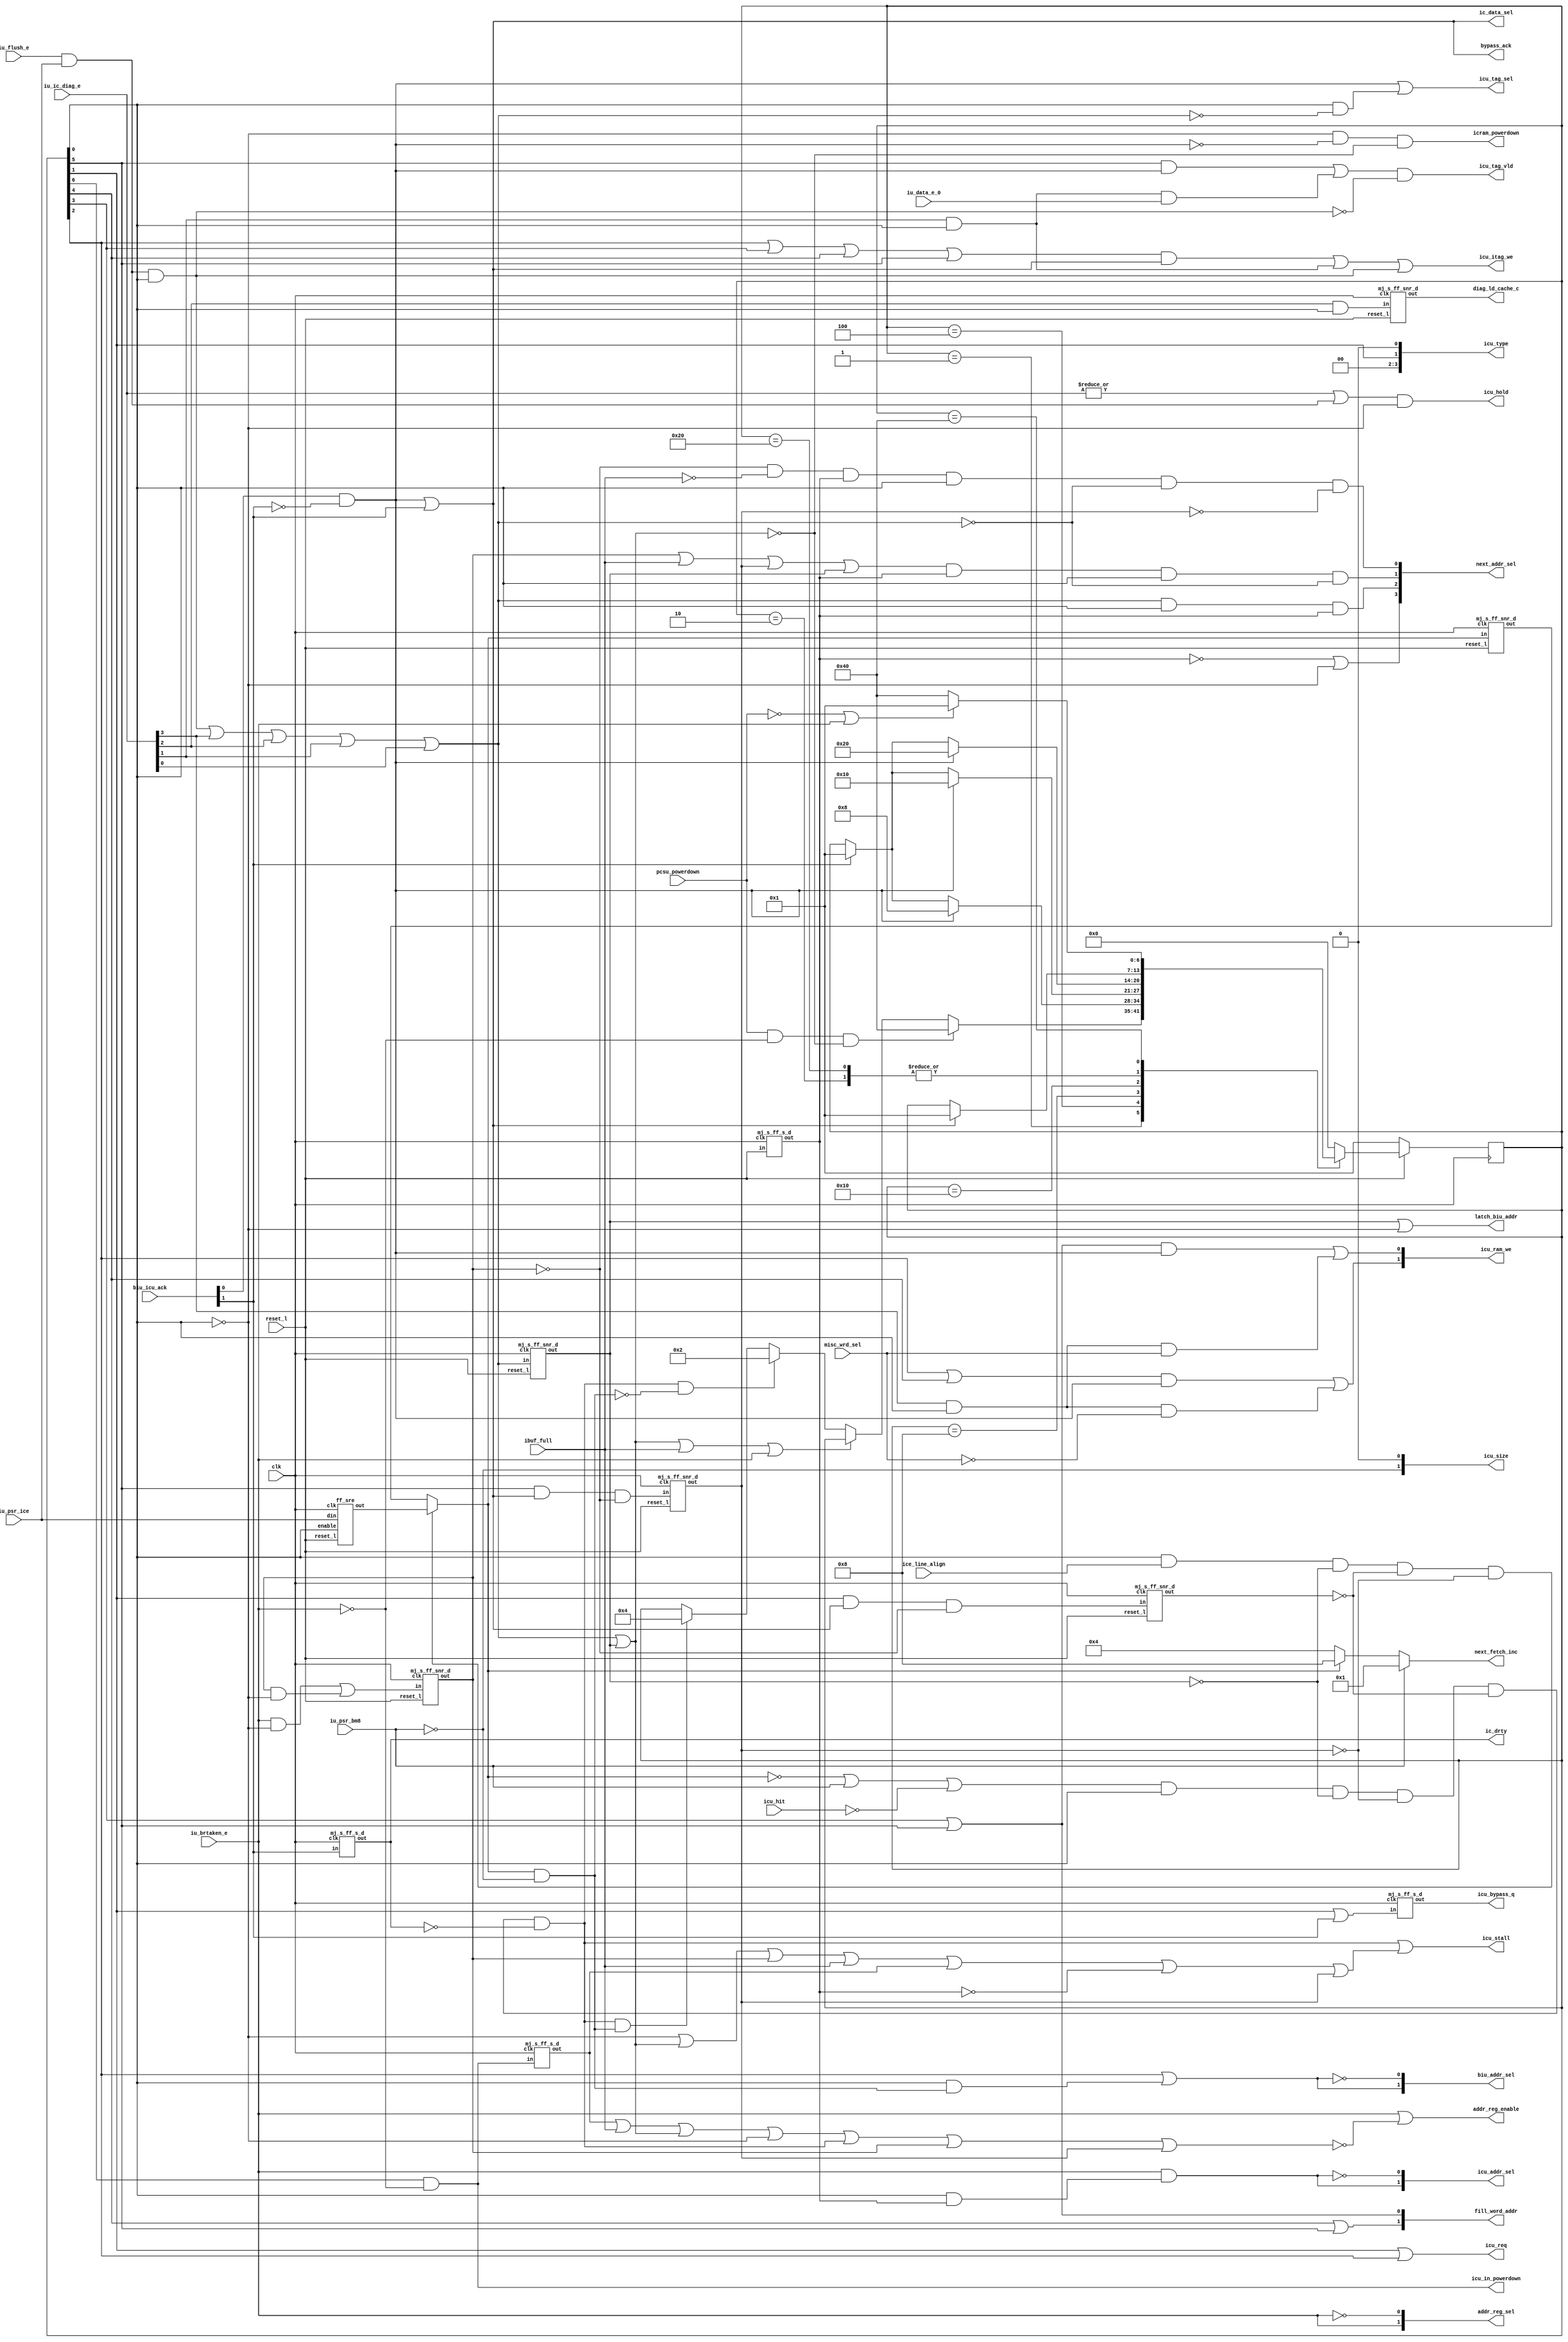
/****************************************************************
 ---------------------------------------------------------------
     Copyright 1999 Sun Microsystems, Inc., 901 San Antonio
     Road, Palo Alto, CA 94303, U.S.A.  All Rights Reserved.
     The contents of this file are subject to the current
     version of the Sun Community Source License, picoJava-II
     Core ("the License").  You may not use this file except
     in compliance with the License.  You may obtain a copy
     of the License by searching for "Sun Community Source
     License" on the World Wide Web at http://www.sun.com.
     See the License for the rights, obligations, and
     limitations governing use of the contents of this file.

     Sun, Sun Microsystems, the Sun logo, and all Sun-based
     trademarks and logos, Java, picoJava, and all Java-based
     trademarks and logos are trademarks or registered trademarks 
     of Sun Microsystems, Inc. in the United States and other
     countries.
 ----------------------------------------------------------------
******************************************************************/




// triquest fsm_begin
module  ic_cntl(
	icu_addr_sel,
	next_addr_sel,
	addr_reg_sel,
	addr_reg_enable,
	biu_addr_sel,
	icu_tag_sel,
	ic_data_sel,
	icu_req,
	icu_type,
	icu_size,
	ic_drty,
	icu_stall,
	icu_tag_vld,
	icu_itag_we,
	icu_ram_we,
	icu_bypass_q,
	latch_biu_addr,
        diag_ld_cache_c,
  	fill_word_addr,
        icu_in_powerdown,
        icram_powerdown,
        next_fetch_inc, 

	// INPUTS
	iu_psr_bm8,
	iu_psr_ice,
	iu_flush_e,
	iu_ic_diag_e,
	iu_brtaken_e,
	ibuf_full,
	iu_data_e_0,
	icu_hit,
	biu_icu_ack,
        pcsu_powerdown,
	icu_hold,
	misc_wrd_sel,
	ice_line_align,
	bypass_ack,
	clk,
	reset_l
	);
	


output			icu_req;	// request memory on a cache miss
output	[3:0]		icu_type;	// type of transaction
output	[1:0]		icu_size;	// size of transaction
output	[1:0]		icu_addr_sel;	// select addr input to the tags/data
output	[3:0]		next_addr_sel;	// select the correct next_addr to access cache
output	[1:0]		addr_reg_sel;	// select the correct next_addr to access cache
output			addr_reg_enable;// enable to icu_addr_d1 latch
output  [1:0]           biu_addr_sel;
output			ic_data_sel;	// select cache fill data or misc data for instruction ram
output			icu_tag_sel;	// To select input to the tag ram. either mar or misc store.
output			ic_drty;	// Error acknowledge returned by memory
output			icu_stall;	// Stall to iu pipe for diagnostic rd/writes
output			icu_tag_vld;	// valid bit of the tag - to be written into tagram
output			icu_itag_we;	// Write enable to the tags
output	[1:0]		icu_ram_we;	// write enable to the inst ram
output			icu_bypass_q;	// bypass data from the cache
output			latch_biu_addr; // latch the memory addr (in case of cache miss)
output                  diag_ld_cache_c;// diagnostic rd to ram
output	[1:0]		fill_word_addr; //  word addr during fill
output                  icu_in_powerdown;// ICU notifies PCSU it is ready for clock shut off.
output                  icram_powerdown;// powerdown signal to RAM and TAG
output  [3:0]           next_fetch_inc; // next_fetch_inc = 1, if iu_psr_bm8 is asserted,
                                        // otherwise next_fetch_inc = 4, if bypass, 8, if hit
output			icu_hold;       // hold iu pipe for diagnostic access when
					// there is outstanding transaction in ICU 
input           	iu_psr_bm8;     // 8 bit boot code enable from IU
input	[3:0]		iu_ic_diag_e;	// diagnostic rd/wr to tags/ram
input	[1:0]		biu_icu_ack;	// Acknowledge from biu that data from memory is available
input			iu_psr_ice;	// Icache Enable in the PSR 
input			iu_brtaken_e;	// branch taken in E stage
input			iu_flush_e;	// flush instruction in E stage
input			ibuf_full;	// Ibuffer is full. (icache should go idle)
input			icu_hit;	// Icache Hit
input			iu_data_e_0;	// bit 0 of iu data bus used for diagnostic writes
input                   pcsu_powerdown; // PCSU request for powerdown
input			misc_wrd_sel;
input			ice_line_align;
output			bypass_ack;
input			clk;
input			reset_l;

wire			normal_ack;
wire			second_fill_cyc;
wire 			third_fill_cyc;
wire			fourth_fill_cyc;
wire			nc_fill_cyc;
wire			error_ack;
reg	[6:0]		ic_miss_state;
wire	[6:0]		next_miss_state;
wire			valid_diag_e;
wire			valid_diag_c;
wire			icu_miss;
wire			ic_idle;
wire			diag_st_cache_e;
wire			diag_ld_cache_e;
wire			diag_st_tag_e;
wire			diag_ld_tag_e;
wire			set_stall ;
wire			cache_fill_cyc;
wire			stall_valid;
wire			reset_d1_l ;
wire			jmp_e;
wire			fourth_fill_cyc_d1;
wire			nc_fill_cyc_d1;
wire			ic_idle_d1;
wire                    icram_powerdown;
wire 	[3:0]		next_fetch_inc;
wire 			qual_iu_flush_e; 
wire			icu_hold;
wire			nc_req;
wire			ic_req;
wire 			cacheable;
wire 			qual_iu_psr_ice;
wire 			qual_iu_psr_ice_q;
wire			icu_bypass_q;
wire			standby_d1;
wire			new_psr_ice;

// *****************************************************************************
// 
// iu_psr_ice does not become effective until the subsequent icu_addr_d1 
// becomes aligned on line boundary( ice_line_align=(icu_addr_d1[3:0] == 4'h0) ).
// This simplifies the ibuffer new_valid equations because with ice_line_align  
// used to qualify iu_psr_ice there should be no need to align the cached data 
// to fill the ibuffer in the middle. This corner case occurs in a scenario:
//
// The cache is on while ibuf's PC is on 2nd or 4th word. After the line has been 
// filled to I$, the 2nd or 4th word needs to be aligned and filled to Ibuffer.    
// This kind of alignment complicates the new_valid equations and verification
// work.  
// 
// With qual_iu_psr_ice, if there is any alignment, it must be caused by branch
// or trap and the data always fill from the first byte of the ibuffer. 
//
// ******************************************************************************


// qual_iu_psr_ice changes only when there is a fetch address in cache access
// stage along a cache line boundary.
wire    qual_iu_psr_ice_sel = ic_idle& ice_line_align & !valid_diag_c&!nc_fill_cyc_d1&!fourth_fill_cyc_d1;
assign  qual_iu_psr_ice = qual_iu_psr_ice_sel ? new_psr_ice : qual_iu_psr_ice_q;
 
// Latch the new PSR bit only when in idle.
ff_sre  iu_psr_ice_reg (    		.out(new_psr_ice),
                                        .din(iu_psr_ice),
                                        .clk(clk),
					.enable(ic_idle),
                                        .reset_l(reset_l)
                                        );

mj_s_ff_snr_d  qual_iu_psr_ice_reg (    .out(qual_iu_psr_ice_q),
                                        .in(qual_iu_psr_ice),
                                        .clk(clk),
                                        .reset_l(reset_l)
                                        );
 

wire    valid_diag_window  = valid_diag_e | valid_diag_c;

// **************************************************************
//
// Icu_hold is generated to hold iu pipe for diagnostic access 
// when there is outstanding transaction in ICU.
// 
// **************************************************************

assign  icu_hold = (|iu_ic_diag_e[3:0] | (iu_flush_e & iu_psr_ice ))
                    & !ic_idle;


// **************************************************************
//
// iu_flush_e needs to be qualified by iu_psr_ice
// iu_flush_e is treated as a nop if iu_psr_ice is set to zero
// iu_flush_e also needs to be qualified by ic_idle since the 
// Icache flush can only be carried out when there is no 
// outstanding ICU transaction.
//
// **************************************************************

assign qual_iu_flush_e= iu_flush_e & iu_psr_ice & ic_idle;

// temp connection
// assign pcsu_powerdown = 1'b0;

// **************************************************************
//
// 8 Bit Boot Code Mode: 
//
// To perform boot mode correctly you need to be 
// aware of the following pitfalls:
// 
// 1. The execution of the priv_write_prs instruction 
//    disables the boot mode. So, do NOT use the priv_write_prs 
//    instruction until after the branch to non-boot memory 
//    location occurs.
//
// 2. To execute the priv_write_prs without modifing the 
//    content, you need issue priv_read_prs before 
//    priv_write_prs. So, use these two instructions as a pair   
//    to perform disabling Boot Mode.
//
// 3. The pair MUST start at word boundary.
//
// 4. Four Nops are required to inserted after the priv_write_prs
//    in order to recover from boot mode to word acccess.   
//
// 5. The pj_boot8 pin needs to tied to HIGH.
//    
// To summarize the usage, the boot code should be written in the 
// style shown as below:
//
// (8 bit PROM)
// Boot_Start:  Instruction_1
//              Instruction_2
//              ...
//              goto Application  // Application program must
//                                // begin at word boundary
//
// (Non-boot Memory)
// Application: priv_read_reg_psr  // To avoid modifing psr,the
//                                 // content of psr is pushed
//		sipush 0xBFFF      // Zero the bit 14 (PSR.BM8)
//    		iand		   //
//              priv_write_reg_psr // Then disable boot mode by
//                                 // poping the content to psr
//
//              nop                // 4 nops are inserted to
//              nop                // recover from boot mode to 
//	        nop		   // word acccess
//              nop
//
// **************************************************************

assign next_fetch_inc =  iu_psr_bm8     ? 4'b0001: 
                         !qual_iu_psr_ice ? 4'b0100 : 4'b1000;  

// Decode of Various signals
assign	valid_diag_e = qual_iu_flush_e | iu_ic_diag_e[3] | iu_ic_diag_e[2] | 
                       iu_ic_diag_e[1] | iu_ic_diag_e[0] ;

// **************************************************************
// diag_xx_xxx_e 
//
// The following diag_xx_xxx_e signals need to be qualified by 
// ic_idle because the diagnostic access can only be carried out 
// when there is no outstanding ICU transaction.
// **************************************************************

wire    diag_ld_c;
assign  diag_st_cache_e = iu_ic_diag_e[3]& ic_idle;
assign  diag_ld_cache_e = iu_ic_diag_e[2]& ic_idle;
assign  diag_st_tag_e   = iu_ic_diag_e[1]& ic_idle;
assign  diag_ld_tag_e   = iu_ic_diag_e[0]& ic_idle;

mj_s_ff_snr_d  diag_ld_c_reg (	.out(diag_ld_c),
				.in(diag_ld_cache_e|diag_ld_tag_e),
		                .clk(clk),
                      		.reset_l(reset_l)
				);

// Generate a miss only if in idle state and no diagnostic rd/wr in C stage.
// diagnostics should not generate any misses. but , at the same time they
// should generate a stall for ibuffer, so that it ignores data on the bus to 
// ibuffer.

// *** NOTE ***
// To suppress cache enable during the boot mode qual_iu_psr_ice needs to be
// negated by iu_psr_bm8.

assign  icu_miss =  (!qual_iu_psr_ice |iu_psr_bm8 | (!icu_hit) )
		    & ic_idle & !valid_diag_c&!fourth_fill_cyc_d1&!nc_fill_cyc_d1&!ic_drty;

// we latch on a miss or if there is a diagnostic rd/wr in c stage. we dont
// want to latch that address, as it is not in the instruction code flow.

// Note: latch_biu_addr means close biu_addr register. We use !latch_biu_addr
//       to latch the new icu_addr. So icu_miss is removed.


assign	fill_word_addr[1] = ic_miss_state[4] | ic_miss_state[5];
assign	fill_word_addr[0] = ic_miss_state[3] | ic_miss_state[5];

assign latch_biu_addr =   valid_diag_c | !ic_idle  ;

assign	normal_ack = biu_icu_ack[0] & !biu_icu_ack[1] ;
assign	error_ack  = biu_icu_ack[1] ;
assign  bypass_ack = normal_ack | error_ack;

// Delay ic_drty by one clock, as data

mj_s_ff_s_d  ic_drty_reg (	.out(ic_drty),
				.in(biu_icu_ack[1]),
                      		.clk(clk)
				);

// Delay ic_miss_state[2] by one clock to qualify icu_req 


mj_s_ff_snr_d  diag_ld_cache_c_reg (	.out(diag_ld_cache_c),
                        		.in(diag_ld_cache_e),
                        		.clk(clk),
                        		.reset_l(reset_l)
					);

mj_s_ff_snr_d  valid_diag_c_reg (	.out(valid_diag_c),
					.in(valid_diag_e),
					.clk(clk),
					.reset_l(reset_l)
					);

mj_s_ff_s_d  reset_reg (	.out(reset_d1_l),
	                        .in(reset_l),
	                        .clk(clk)
				);


// Generation of Mux selects
// Decreasing Priority for address buses
// 1. Reset 
// 2. Cache fill
// 3. Valid Diagnostic in E stage
// 4. Stalled branch/Trap pc
// 5. trap/branch 
// 6. ibuffer full
// 7. next sequential pc

// Select br_pc or next_addr. if I$ miss handling in progress, branch gets
// lower priority.
assign	icu_addr_sel[1]	=  jmp_e&(ic_idle&reset_d1_l);
assign	icu_addr_sel[0]	= ~icu_addr_sel[1];

// Mux used to latch the next sequential addr or branch addr.
assign	addr_reg_sel[1]	=  jmp_e;
assign	addr_reg_sel[0]	=  ~jmp_e;	

// used to latch branch addr or next sequential addr.
// latch contents if standby,ibuffer is full or diagnostic ld/st or I$ miss when I$ is On.
// we reissue the addr after fill is done. For noncacheable, the data is directly given to
// ibuffer.
assign	addr_reg_enable =  jmp_e | !( standby_d1|ibuf_full|valid_diag_window | !ic_idle |icu_miss |
				stall_valid | fourth_fill_cyc_d1);

// select cache fill address for reset or when not in idle mode
// select iu_addr_e for diagnostic rd/wr
// reissue addr for branch pending,ibuffer full, for cycle after cache misses,or valid diagnostic.
// else next addr.
// note: diagnostics in E and C freeze the fetch pipe.once the diagnostic rd/wr is done,we continue
// with the same fetch in C

assign	next_addr_sel[3] = ~reset_d1_l | !ic_idle ;
assign	next_addr_sel[2] = valid_diag_e&ic_idle&reset_d1_l;
assign	next_addr_sel[1] = (stall_valid|ibuf_full| fourth_fill_cyc_d1|valid_diag_c)&reset_d1_l&ic_idle&~valid_diag_e;
assign	next_addr_sel[0] = ~stall_valid&~ibuf_full&reset_d1_l&ic_idle&~valid_diag_e&~fourth_fill_cyc_d1;


assign  biu_addr_sel[1]  = ic_miss_state[2]|(ic_idle&cacheable);
assign  biu_addr_sel[0]  = !biu_addr_sel[1];

// Generation of Stall valid 
// When a branch is taken or trap occurs and icache is busy doing a cache fill,
// we stall the branch till the fill is done and then the branch is taken.
// to keep track of the jump, we use signal stall_valid

// Generation of standby_d1:
// If Powerdown occurs at idle state, after powerdown ends 
// the state machine enters idle state again, The assertion of !icu_stall 
// should be inhibited by asserting set_stall because no valid data is available.   
// 
// However if powerdown occurs on executing goto within a line , then
// after powerdown ends the state machine enters idle state and generates 
// !icu_stall because the pending goto has a hit. 
// The assertion of !icu_stall should NOT be inhibited for this case.   


mj_s_ff_s_d  standby_d1_reg (	.out(standby_d1),
                                .in(icu_in_powerdown),
                                .clk(clk)
				);

assign	set_stall =  (iu_brtaken_e) & !ic_idle | 
                     (stall_valid & !ic_idle);

// Generation of miss due to branch or trap

mj_s_ff_snr_d  set_stall_reg (	.out(stall_valid),
			        .in(set_stall),
			        .clk(clk),
			        .reset_l(reset_l)
				);

assign	jmp_e	= iu_brtaken_e;

// Select input to tag ram
// when there is data coming back from memory, select MAR for tag input
assign	icu_tag_sel = normal_ack | (ic_idle & !valid_diag_e) ;

// select input to inst ram
// when there is data coming back from memory, select biu data from data input
assign	ic_data_sel = normal_ack | error_ack ;


// Generation of Write Enables for RAMs/TAGs
// write to tags during the last cycle of cache fill or during diagnostic writes to tags
// we write to the tags in both the cycles. in the first cycle, we invalidate the
// tag. In the second cycle , we validate the tag. This way  we avoid wierd
// corner cases when part of new data has been written into and the transaction
// is cancelled due to diagnostic wr/rd or error acks.

assign	icu_itag_we	=  cache_fill_cyc |  diag_st_tag_e | qual_iu_flush_e;
assign	icu_ram_we[1]	=  ((ic_miss_state[2]|ic_miss_state[4]) & normal_ack) |
                           (diag_st_cache_e & !misc_wrd_sel);
assign	icu_ram_we[0]	=  ((ic_miss_state[3]|ic_miss_state[5]) & normal_ack) |
			   (diag_st_cache_e & misc_wrd_sel);
wire    icu_bypass      =  ic_miss_state[1] | error_ack;

mj_s_ff_s_d  icu_bypass_reg (	.out(icu_bypass_q),
                                .in(icu_bypass),
                                .clk(clk)
				);


// Generation of Valid bit for Tags
// valid bit set whenever cache fill is done or during a diagnostic write .
assign	icu_tag_vld 	=  ((ic_miss_state[5] & normal_ack) | diag_st_tag_e & iu_data_e_0)& !qual_iu_flush_e ;

// Generation of icu_stall signal
// icu_stall becomes high if
//   . or if there's an i$ miss 
//   . or if i$ is not idle and the first fill data is not back yet
// * or if there is an outstanding branch/trap and
// 	or if there is a valid diagnostic in C stage and 1 clock after reset.(no valid data)


wire           valid_diag_window_d1;

mj_s_ff_s_d  valid_diag_window_flop (	.out(valid_diag_window_d1),
		                        .in(valid_diag_window),
		                        .clk(clk)
					);

// no valid data on cache miss or during cache miss transaction. but,during nc accesses, when data
// is back, we accept it even if cache miss is indicated. Also, for cache misses when the Icache is
// ON, when the data is written into the I$, the last cycle is ignored(fourth_fill_cyc_d1).bcos,
// the addr is issued again and the correct data is available a cycle later.

assign icu_stall = (icu_miss )| (!ic_idle| valid_diag_window | stall_valid | ibuf_full | standby_d1 
			|!reset_d1_l | fourth_fill_cyc_d1);
			


// For generation of icu_stall (signal which informs ibuffer that data on bus to ibuffer is invalid)
// we need to generate a signal fourth_fill_cyc_d1 which indicates that the  fourth word being 
// written into the icache in this cycle. Thus, any hit obtained due to this 
// new write is nullified and thus icu_stall remains valid.

mj_s_ff_snr_d  nc_fill_cyc_flop (	.out(nc_fill_cyc_d1),
					.in(nc_fill_cyc&~stall_valid),
					.clk(clk),
					.reset_l(reset_l)
					);

mj_s_ff_snr_d  fourth_fill_cyc_flop (	.out(fourth_fill_cyc_d1),
					.in(fourth_fill_cyc&~stall_valid),
					.clk(clk),
					.reset_l(reset_l)
					);

/************** ICACHE  MISS STATE MACHINE ******************/

assign          ic_idle         = ic_miss_state[0];
assign          nc_req          = ic_miss_state[1];
assign          icu_req         = ic_miss_state[1] | ic_miss_state[2];
assign          ic_req          = ic_miss_state[2]|ic_miss_state[3]|ic_miss_state[4]|
				  ic_miss_state[5];


assign		second_fill_cyc	= (ic_miss_state[3] & (normal_ack | error_ack));

assign		third_fill_cyc	= (ic_miss_state[4] & (normal_ack | error_ack));

assign		fourth_fill_cyc	= (ic_miss_state[5] & (normal_ack | error_ack));

assign		nc_fill_cyc	= ic_miss_state[1] & (normal_ack | error_ack) ;

assign		cache_fill_cyc  = (ic_miss_state[2]|ic_miss_state[3]|ic_miss_state[4]|
                                   ic_miss_state[5]) & (normal_ack | error_ack);

assign		icu_type[0]	= 1'b0;	// always a load
assign		icu_type[1]	= ic_miss_state[1];// noncacheable if icache turned off
assign		icu_type[2]	= 1'b0;		// for icache req - 0
assign		icu_type[3]     = 1'b0;		// for icache req = 0

assign		icu_size[0]     = 1'b0;
assign		icu_size[1]     = !iu_psr_bm8;

assign 		cacheable       = qual_iu_psr_ice & !iu_psr_bm8;

   
assign  next_miss_state[6:0]    =       miss_state( ic_miss_state[6:0],
					valid_diag_window,
                                        icu_miss,
                                        normal_ack,
                                        cacheable,
                                        error_ack,
					pcsu_powerdown,
					jmp_e,
                                        ibuf_full);

// triquest state_vector {ic_miss_state[6:1] ic_miss_state[0]} ICU_MISS_STATE enum ICU_MISS_STATE_ENUM
always @(posedge clk)
  if (~reset_l)
    ic_miss_state = 7'b0000001;
  else
    ic_miss_state = next_miss_state;

initial ic_miss_state = 7'b0000001;

mj_s_ff_s_d  ic_idle_d1_reg (	.out(ic_idle_d1),
			        .in(ic_idle),
			        .clk(clk)
				);

// **************************************************************
//
// Power Down Feature for ICU: 
//
// Most RAM cells have a pin to disable all functions
// except for the retaining of data in order to reduce
// power consumption.
//
// Normal Power Down Mode:
//
// ICU enters the normal power down state
// when ICU is waiting for NC data or the missed data.
// A signal, icram_powerdown is asserted in this state and
// the state remains unchanged until normal_ack returns or
// valid_diag_e occurs.
//
// As an option, the signal, icram_powerdown can be
// connected to a powerdown pin of the RAM megacell.
//
// Standby Power Down Mode:
//
// State machine enters the standby power down state
// after PCSU asserts pcsu_powerdown signals and ICU
// completes the pending access.
// In this state,  a signal, icu_in_powerdown will be
// asserted to PCSU. Then PCSU shuts off the clock to ICU.
//
// Notes:
//
//   1. The powerdown pin is a registered input to RAM cell.
//
//   2. The powerdown signal should be set up before the 
//      rising edge of the clock.
//          
//   3. All inputs except powerdown signal are ignored during
//      the powerdown mode.
// Diagram:
//                    ______        ______        ______
//   clk       ______/      \______/      \______/      \_
//                                             
//                                        Tsetup | Thold
//                  _________________________    | 
//   powerdown ____/                         \____________
//				                 |
//   inputs    _____________________________  _____  ____
//                     Ignored              \/valid\/
//             _____________________________/\_____/\____
//
// **************************************************************

assign icram_powerdown = !ic_idle & !normal_ack & !valid_diag_window;
assign icu_in_powerdown = ic_miss_state[6] & !jmp_e;


function [6:0] 	miss_state ;
 
input   [6:0]  	cur_state ;
input		valid_diag_window;
input          	icu_miss ;
input          	normal_ack;
input          	cacheable ;
input          	error_ack ;
input          	pcsu_powerdown;
input           jmp_e;
input           ibuf_full;
 
reg     [6:0]  	next_state;

// State Encoding
parameter // triquest enum ICU_MISS_STATE_ENUM
        IDLE            = 7'b0000001,
	NC_REQ_STATE	= 7'b0000010,
        REQ_STATE       = 7'b0000100,
        FILL_2ND_WD     = 7'b0001000,
        REQ_STATE2      = 7'b0010000,
        FILL_4TH_WD     = 7'b0100000,
        STANDBY_PWR_DN  = 7'b1000000; 
begin
 
case    (cur_state)     // synopsys parallel_case
        IDLE:   begin
                if (pcsu_powerdown & !jmp_e & !valid_diag_window) begin
                next_state = STANDBY_PWR_DN;
                end
                else if (valid_diag_window | ibuf_full | jmp_e) begin
                next_state = cur_state;
                end
                else if(icu_miss&!cacheable) begin
                next_state = NC_REQ_STATE ;
                end
		else if (icu_miss&cacheable) begin
		next_state = REQ_STATE;
		end
                else    next_state = cur_state ;
        end

	NC_REQ_STATE: begin
                if(normal_ack| error_ack) begin
                next_state = IDLE ;
                end
                else    next_state = cur_state ;
        end

        REQ_STATE: begin
                if (normal_ack) begin
                next_state = FILL_2ND_WD;
                end
                else if (error_ack) begin
                next_state = IDLE ;
                end
                else next_state = cur_state ;
 	end
 
        FILL_2ND_WD: begin
                if(normal_ack) begin
                next_state = REQ_STATE2;
                end
                else if (error_ack) begin
                next_state = IDLE ;
                end
                else next_state = cur_state ;
        end

        REQ_STATE2: begin
                if(normal_ack) begin
                next_state = FILL_4TH_WD;
                end
                else if (error_ack) begin
                next_state = IDLE ;
                end
                else next_state = cur_state ;
        end

        FILL_4TH_WD: begin
                if(normal_ack| error_ack) begin
                next_state = IDLE;
                end
                else next_state = cur_state ;
        end

        STANDBY_PWR_DN: begin
                if(!pcsu_powerdown | jmp_e ) begin
                next_state = IDLE;
                end
                else next_state = STANDBY_PWR_DN;
        end

        default:        next_state = 7'b0;

endcase
miss_state = next_state ;
end
endfunction

endmodule

// triquest fsm_end


module ff_sre(out, din, enable, reset_l, clk) ;
    output   out;
    input    din;
    input    clk;
    input    reset_l;
    input    enable;
 
mj_s_ff_snre_d  mj_s_ff_snre_d_0 (      .out(out),
                                        .in(din), 
                                        .lenable(enable),
                                        .reset_l(reset_l),
                                        .clk(clk)
                                        );
endmodule // ff_sre


module mj_s_ff_snre_d(out,in, lenable,reset_l, clk);
output out;
input clk;
input lenable;
input reset_l;
input in;

reg out;

initial out = 0;

always @(posedge clk)
        if (~reset_l) 
	out = 1'b0;
	else
    	if (lenable)
            out = in;
        else
            out = out;

endmodule // mj_s_ff_snre_d


module mj_s_ff_snr_d(out,in, reset_l, clk);
output out;
input clk;
input reset_l;
input in;

reg out;

initial out = 0;

always @(posedge clk)
        if (~reset_l)
            out = 1'b0;
        else
            out = in;

endmodule // mj_s_ff_snr_d


module mj_s_ff_s_d(out,in, clk);
output out;
input clk;
input in;

reg out;

initial out = 0;

always @(posedge clk)
            out = in;

endmodule // mj_s_ff_s_d